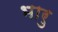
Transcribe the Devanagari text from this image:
भारु